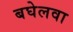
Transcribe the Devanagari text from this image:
बघेलवा